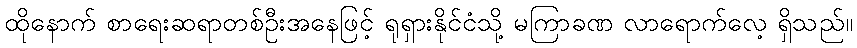
ထိုနောက် စာရေးဆရာတစ်ဦးအနေဖြင့် ရုရှားနိုင်ငံသို့ မကြာခဏ လာရောက်လေ့ ရှိသည်။